Lunatic asylums United Provinces 1909-1921 - 1909-1921
Year: 1909
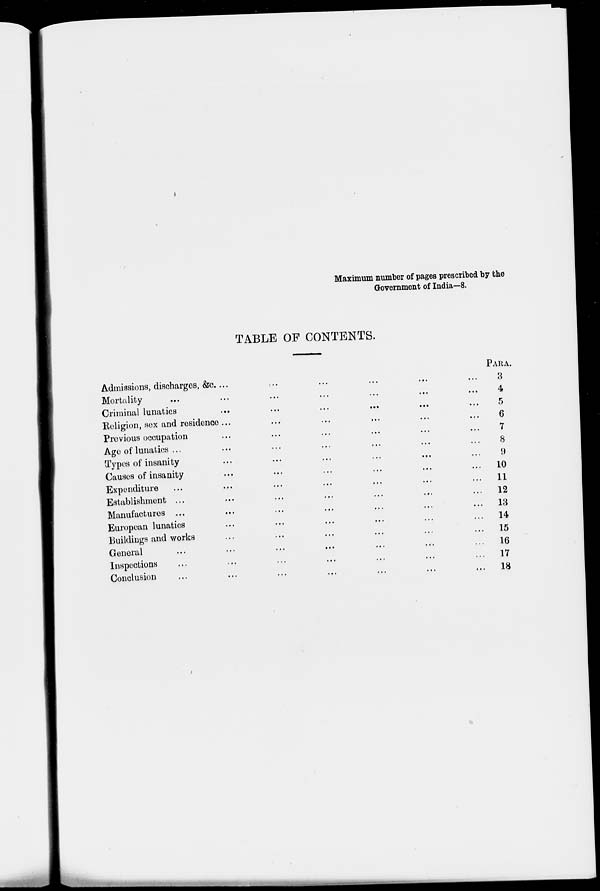
Maximum number of pages prescribed by the
Government of India—8.
TABLE OF CONTENTS.
Admissions, discharges, &c. ... ... ... ... ... ...
Mortality ... ... ... ... ... ...
Criminal lunatics ... ... ... ... ... ... ...
Religion, sex and residence ... ... ... ... ... ...
Previous occupation... ... ... ... ... ...
Age of lunatics... ... ... ... ... ...
Types of insanity... ... ... ... ... ...
Causes of insanity... ... ... ... ... ...
Expenditure... ... ... ... ... ...
Establishment ... ... ... ... ... ... ...
Manufactures ... ... ... ... ... ... ...
European lunatics... ... ... ... ... ...
Buildings and works... ... ... ... ... ...
General ... ... ... ... ... ...
Inspections... ... ... ... ... ...
Conclusion... ... ... ... ... ...
PARA
3
4
5
6
7
8
9
10
11
12
13
14
15
16
17
18